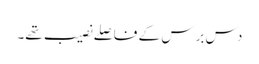
دس برس کے فاصلے نصیب تھے۔